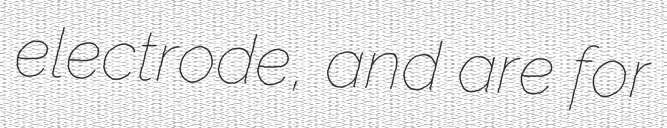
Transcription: electrode, and are for